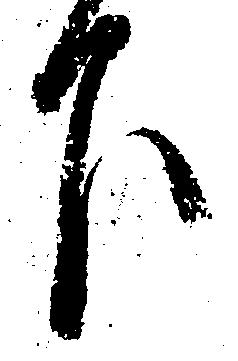
下